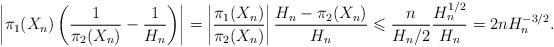
LaTeX: \begin{align*} \left\vert\pi_1(X_n)\left(\frac{1}{\pi_2(X_n)}-\frac{1}{H_n}\right)\right\vert =\left\vert\frac{\pi_1(X_n)}{\pi_2(X_n)}\right\vert \frac{H_n-\pi_2(X_n)}{H_n}\leqslant \frac{n}{H_n/2}\frac{H_n^{1/2}}{H_n}=2n H_n^{-3/2}.\end{align*}